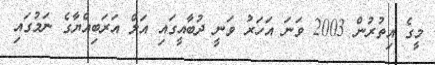
މީގެ އިތުރުން 2003 ވަނަ އަހަރު ވަނީ ދުބާއީގައި އަލް އަރަބިއްޔާގެ ނަމުގައި